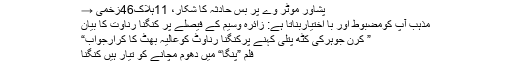
پشاور موٹر وے پر بس حادثہ کا شکار، 11ہلاک46زخمی →
مذہب آپ کومضبوط اور با اختیاربناتا ہے: زائرہ وسیم کے فیصلے پر کنگنا رناوت کا بیان
” کرن جوہرکی کٹھ پتلی کہنے پرکنگنا رناوٹ کوعالیہ بھٹ کا کرارجواب“
فلم ”پنگا“ میں دھوم مچانے کو تیار ہیں کنگنا